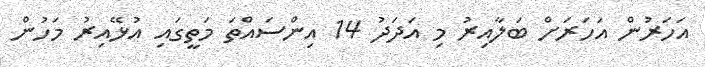
އަހަރުން އަހަރަށް ބަލާއިރު މި އަދަދު 14 އިންސައްތަ މަތީގައި އުޅޭއިރު މަހުން